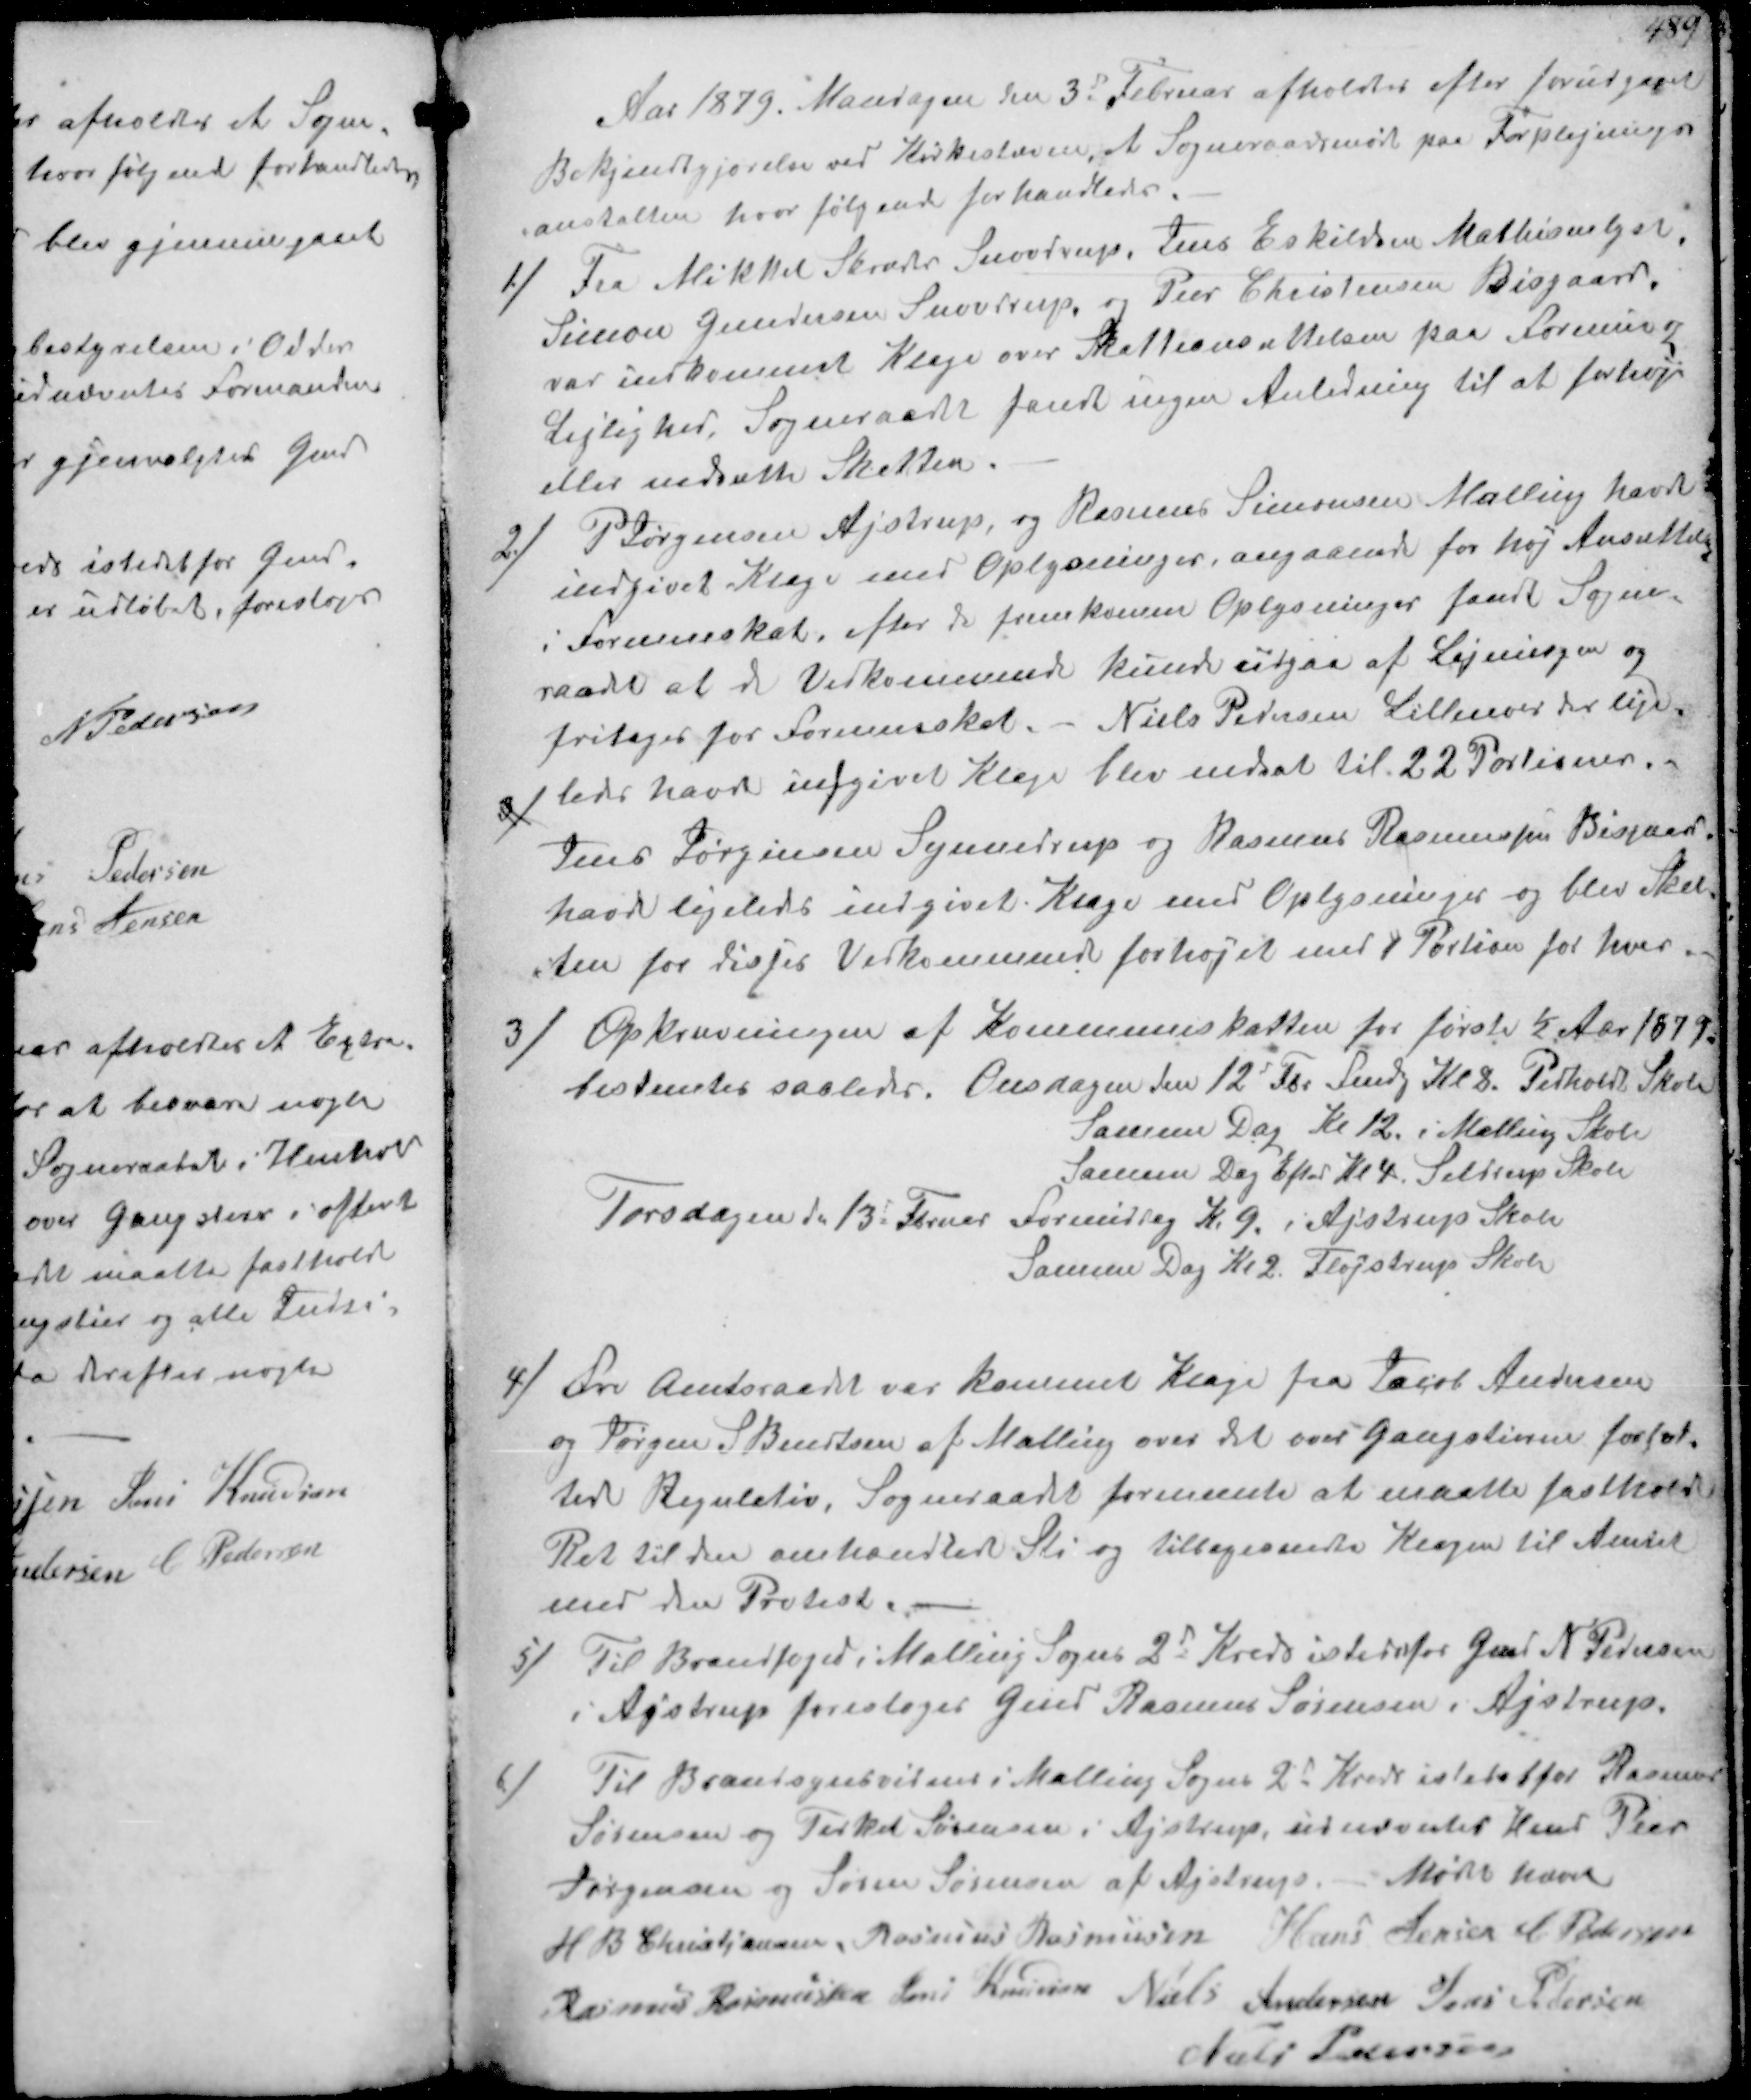
Transskription:
Aar 1879. Mandagen den 3d Februar afholdtes efter forudgaaet
Bekjendtgjørelse ved Kirkestævne, et Sogneraadsmøde paa Forplejnings-
anstalten hvor følgende forhandledes:
1/
fra Mikkel Skræder Snovdrup, Jens Eskildsen Mathisenlyst,
Simon Gundersen Snovdrup, og Peer Christensen Bisgaard.
var indkommet Klage over Skatteansattelsen paa Formue og
Lejlighed, Sogneraadet fandt ingen Anledning til at forhøje
eller nedsætte Skatten.
2/
P Jørgensen Ajstrup, og Rasmus Simonsen Malling havde
indgivet Klage med Oplysninger, angaaende for høj Ansættelse
i Formueskat, efter de fremkomne Oplysninger fandt Sogne-
raadet at de Vedkommende kunde udgaa af Ligningen og
fritages for Formueskat. Niels Pedersen Lillenoer der lige-
3/ ledes havde indgivet Klage blev nedsat til 22 Portioner.
Jens Jørgensen Synnedrup og Rasmus Rasmussen Bisgaard
havde ligeledes indgivet Klage med Oplysninger og blev Skat-
ten for disses Vedkommende forhøjet med 1 Portion for hver

3/ Opkrævningen af Kommuneskatten for første ½ Aar 1879
bestemtes saaledes. Onsdagen den 12d Fbr Fmdg Kl 8. Pedholdt Skole
Samme Dag Kl 12 i Malling Skole
Sammen Dag Eftd Kl 4 Seldrup Skole
Torsdagen d. 13' Februar Formiddag K.9. i Ajstrup Skole
Samme Dag Kl 2. Fløjstrup Skole

4/ Fra Amtsraadet var kommet Klage fra Jagob Andersen
og Jørgen S Bendtsen af Malling over det over Gangstien forfat-
tede Regulativ. Sogneraadet formente at maatte fastholde
Ret til den omhandlede Sti og tilbagesendte Klagen til Amtet
med den Protest.
5/ Til Brandfoged i Malling Sogns 2d Kreds istedetfor Gmd N Pedersen
i Ajstrup foresloges Gmd Rasmus Sørensen i Ajstrup.
6/
Til Brandsynvidner i Malling Sogns 2d Kreds istedetfor Rasmus
Sørensen og Terkel Sørensen i Ajstrup, udnævntes Hmd Peer
Jørgensen og Søren Sørensen af Ajstrup. Mødet hævet
H B. Christjansen Rasmus Rasmussen Hans Jensen C Pedersen
Rasmus Rasmussen Jens Knudsen Niels Andersen Jens Pedersen
Niels Pedersen